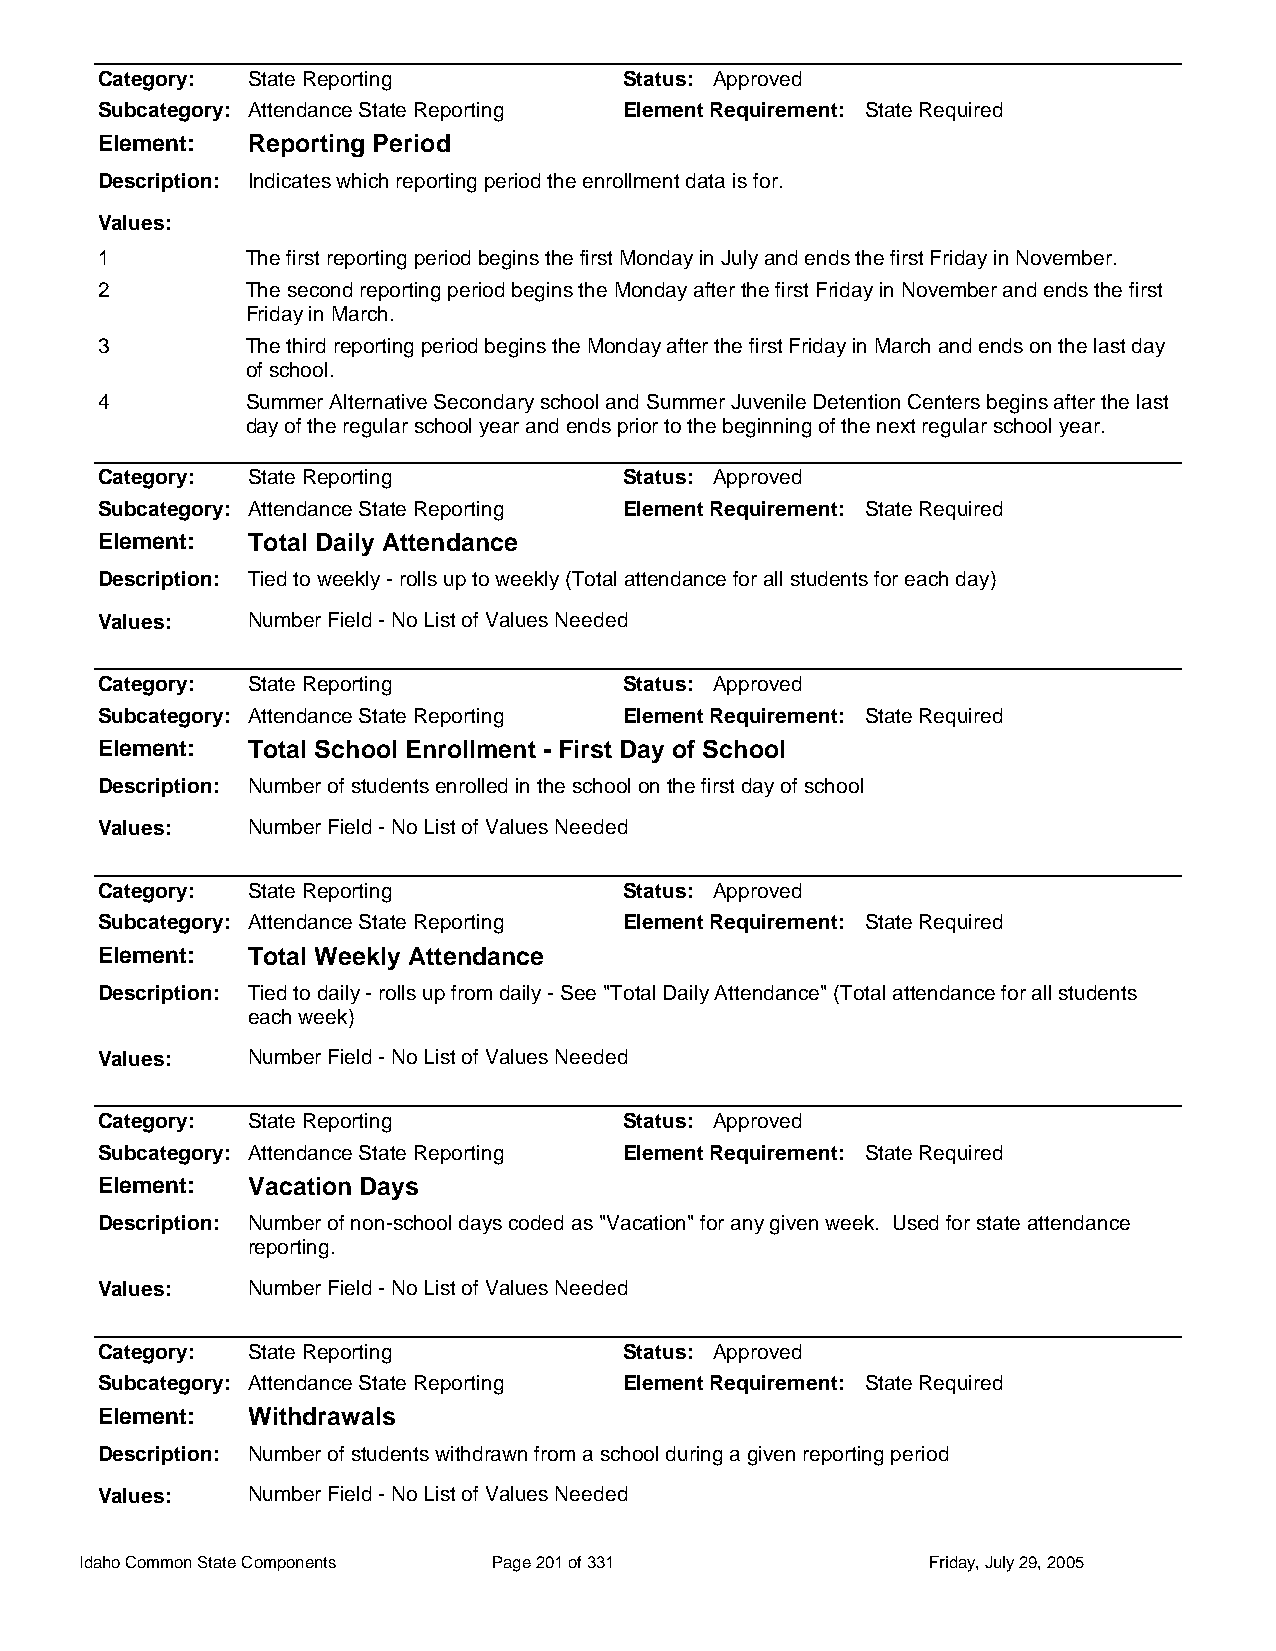
Category: State Reporting          Status: Approved
 Subcategory: Attendance State Reporting Element Requirement: State Required
 Element:  Reporting Period
 Description: Indicates which reporting period the enrollment data is for.
 Values:
 1         The first reporting period begins the first Monday in July and ends the first Friday in November.
 2         The second reporting period begins the Monday after the first Friday in November and ends the first
 Friday in March.
 3         The third reporting period begins the Monday after the first Friday in March and ends on the last day
 of school.
 4         Summer Alternative Secondary school and Summer Juvenile Detention Centers begins after the last
 day of the regular school year and ends prior to the beginning of the next regular school year.
 Category: State Reporting          Status: Approved
 Subcategory: Attendance State Reporting Element Requirement: State Required
 Element:  Total Daily Attendance
 Description: Tied to weekly - rolls up to weekly (Total attendance for all students for each day)
 Values:   Number Field - No List of Values Needed
 Category: State Reporting          Status: Approved
 Subcategory: Attendance State Reporting Element Requirement: State Required
 Element:  Total School Enrollment - First Day of School
 Description: Number of students enrolled in the school on the first day of school
 Values:   Number Field - No List of Values Needed
 Category: State Reporting          Status: Approved
 Subcategory: Attendance State Reporting Element Requirement: State Required
 Element:  Total Weekly Attendance
 Description: Tied to daily - rolls up from daily - See "Total Daily Attendance" (Total attendance for all students
 each week)
 Values:   Number Field - No List of Values Needed
 Category: State Reporting          Status: Approved
 Subcategory: Attendance State Reporting Element Requirement: State Required
 Element:  Vacation Days
 Description: Number of non-school days coded as "Vacation" for any given week. Used for state attendance
 reporting.
 Values:   Number Field - No List of Values Needed
 Category: State Reporting          Status: Approved
 Subcategory: Attendance State Reporting Element Requirement: State Required
 Element:  Withdrawals
 Description: Number of students withdrawn from a school during a given reporting period
 Values:   Number Field - No List of Values Needed
 Idaho Common State Components Page 201 of 331           Friday, July 29, 2005